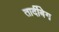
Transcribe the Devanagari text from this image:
तार्दीबेग